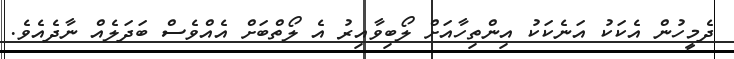
ދެމީހުން އެކަކު އަނެކަކު އިންތިހާއަށް ލޯބިވާއިރު އެ ލޯތްބަށް އެއްވެސް ބަދަލެއް ނާދެއެވެ.